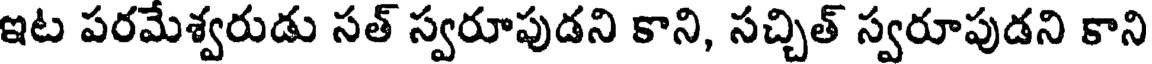
ఇట పరమేశ్వరుడు సత్ స్వరూపుడని కాని, సచ్చిత్ స్వరూపుడని కాని